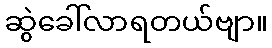
ဆွဲခေါ်လာရတယ်ဗျာ။